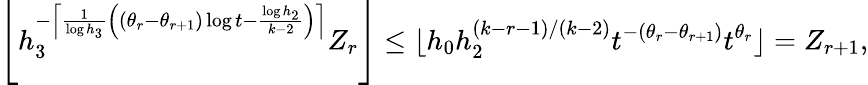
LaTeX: \left\lfloor h_{3}^{-\left\lceil\frac{1}{\log h_{3}}\left((\theta_{r}-\theta_{r+1})\log t-\frac{\log h_{2}}{k-2}\right)\right\rceil}Z_{r}\right\rfloor\le\lfloor h_{0}h_{2}^{(k-r-1)/(k-2)}t^{-(\theta_{r}-\theta_{r+1})}t^{\theta_{r}}\rfloor=Z_{r+1},